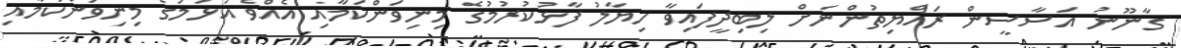
ގާނޫނު އަސާސީން ރައްޔިތުންނަށް ލިބިދީފައިވާ ހިޔާލު ފާޅުކުރުމުގެ މިނިވަންކަމާއި އެއްވެ އުޅުމުގެ މިނިވަންކަމާއި